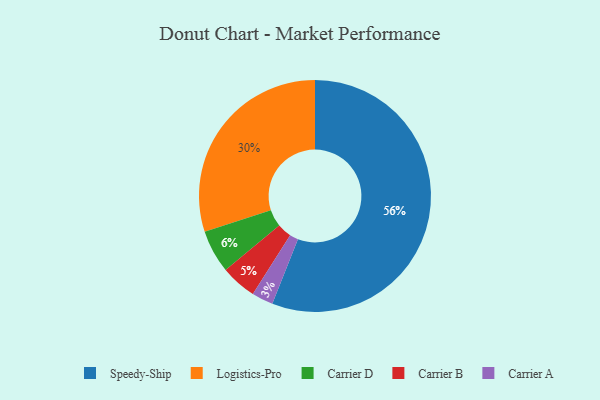
{"axis": {"x": "Category", "y": "Percentage"}, "legend": ["Carrier A", "Carrier B", "Carrier D", "Logistics-Pro", "Speedy-Ship"], "data": [{"x": "Logistics-Pro", "y": 30, "type": "Logistics-Pro"}, {"x": "Carrier B", "y": 5, "type": "Carrier B"}, {"x": "Carrier D", "y": 6, "type": "Carrier D"}, {"x": "Speedy-Ship", "y": 56, "type": "Speedy-Ship"}, {"x": "Carrier A", "y": 3, "type": "Carrier A"}]}